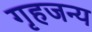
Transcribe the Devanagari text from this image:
गृहजन्य